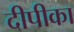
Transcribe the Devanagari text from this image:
दीपीका